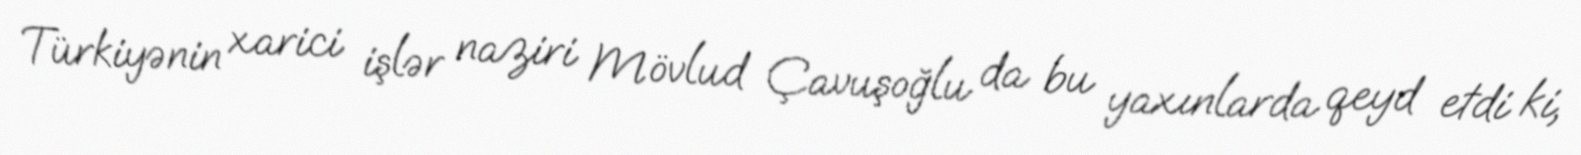
Türkiyənin xarici işlər naziri Mövlud Çavuşoğlu da bu yaxınlarda qeyd etdi ki,